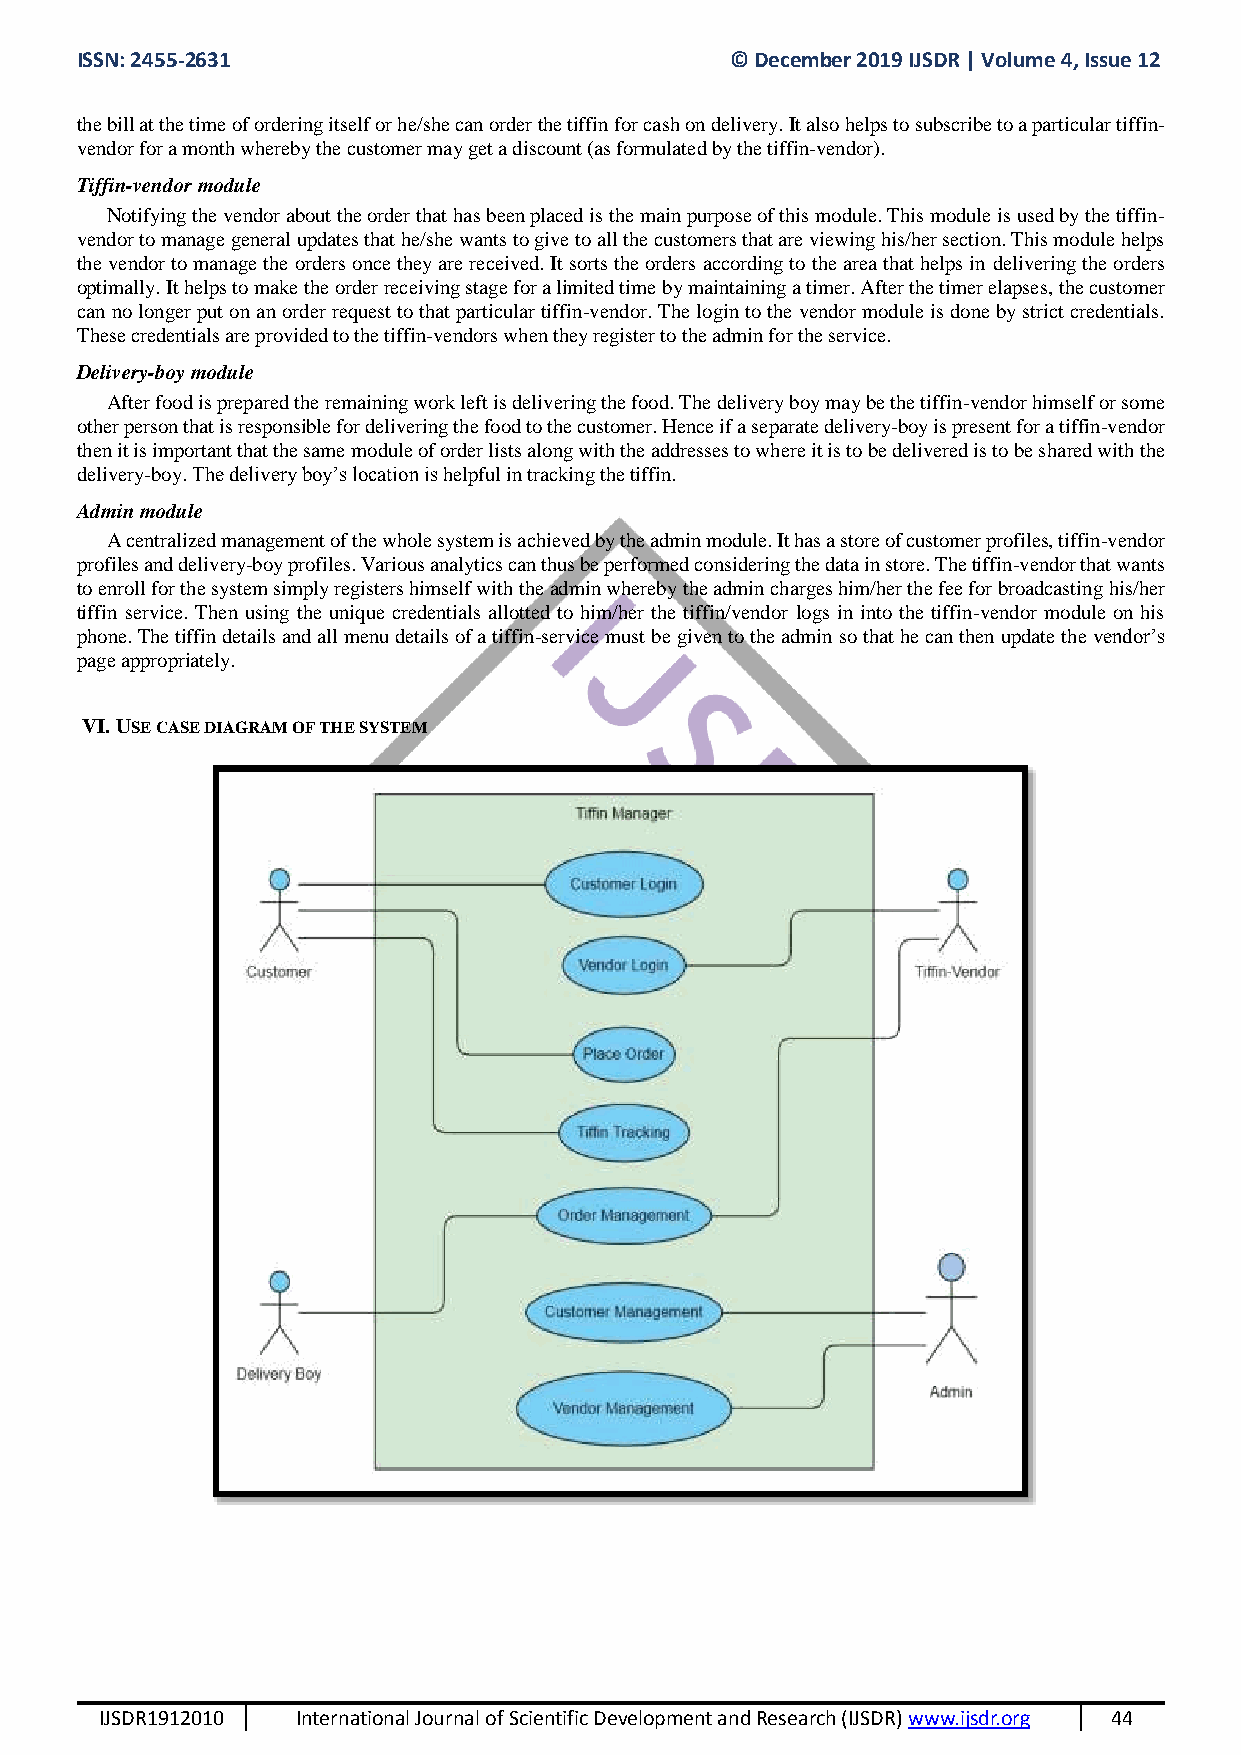
ISSN: 2455-2631                            © December 2019 IJSDR | Volume 4, Issue 12
 the bill at the time of ordering itself or he/she can order the tiffin for cash on delivery. It also helps to subscribe to a particular tiffin-
 vendor for a month whereby the customer may get a discount (as formulated by the tiffin-vendor).
 Tiffin-vendor module
 Notifying the vendor about the order that has been placed is the main purpose of this module. This module is used by the tiffin-
 vendor to manage general updates that he/she wants to give to all the customers that are viewing his/her section. This module helps
 the vendor to manage the orders once they are received. It sorts the orders according to the area that helps in delivering the orders
 optimally. It helps to make the order receiving stage for a limited time by maintaining a timer. After the timer elapses, the customer
 can no longer put on an order request to that particular tiffin-vendor. The login to the vendor module is done by strict credentials.
 These credentials are provided to the tiffin-vendors when they register to the admin for the service.
 Delivery-boy module
 After food is prepared the remaining work left is delivering the food. The delivery boy may be the tiffin-vendor himself or some
 other person that is responsible for delivering the food to the customer. Hence if a separate delivery-boy is present for a tiffin-vendor
 then it is important that the same module of order lists along with the addresses to where it is to be delivered is to be shared with the
 delivery-boy. The delivery boy’s location is helpful in tracking the tiffin.
 Admin module
 A centralized management of the whole system is achieved by the admin module. It has a store of customer profiles, tiffin-vendor
 profiles and delivery-boy profiles. Various analytics can thus be performed considering the data in store. The tiffin-vendor that wants
 to enroll for the system simply registers himself with the admin whereby the admin charges him/her the fee for broadcasting his/her
 tiffin service. Then using the unique credentials allotted to him/her the tiffin/vendor logs in into the tiffin-vendor module on his
 phone. The tiffin details and all menu details of a tiffin-service must be given to the admin so that he can then update the vendor’s
 page appropriately.
 VI. USE CASE DIAGRAM OF THE SYSTEM
 IJSDR1912010 International Journal of Scientific Development and Research (IJSDR) www.ijsdr.org 44